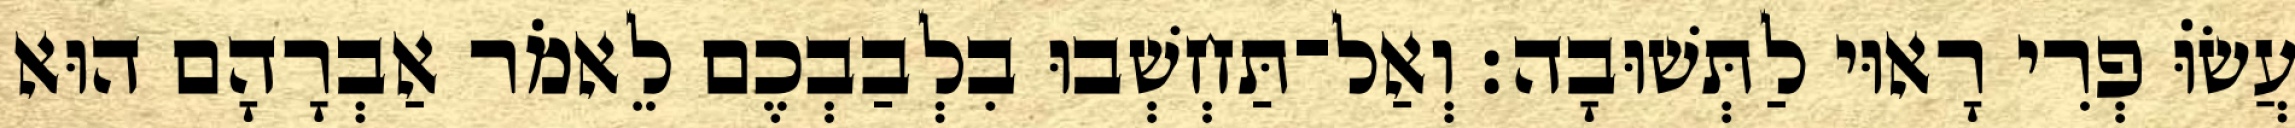
עֲשׂוֹּ פְרִי רָאוּי לַתְּשׁוּבָה׃ וְאַל־תַּחְשְׁבוּ בִלְבַבְכֶם לֵאמֹר אַבְרָהָם הוּא